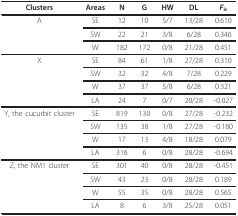
| Clusters | Areas | N | G | HW | DL | Fis |
 | --- | --- | --- | --- | --- | --- | --- |
 | A | SE | 12 | 10 | 5/7 | 13/28 | 0.610 |
 |  | SW | 22 | 21 | 3/8 | 6/28 | 0.346 |
 |  | W | 182 | 172 | 0/8 | 21/28 | 0.451 |
 | X | SE | 84 | 61 | 1/8 | 27/28 | 0.310 |
 |  | SW | 32 | 32 | 4/8 | 7/28 | 0.229 |
 |  | W | 37 | 37 | 5/8 | 6/28 | 0.321 |
 |  | LA | 24 | 7 | 0/7 | 20/28 | -0.027 |
 | Y, the cucurbit cluster | SE | 819 | 130 | 0/8 | 27/28 | -0.232 |
 |  | SW | 135 | 38 | 1/8 | 27/28 | -0.180 |
 |  | W | 17 | 13 | 4/8 | 18/28 | 0.079 |
 |  | LA | 316 | 6 | 0/8 | 28/28 | -0.694 |
 | Z, the NM1 cluster | SE | 301 | 40 | 0/8 | 28/28 | -0.451 |
 |  | SW | 43 | 23 | 0/8 | 28/28 | 0.189 |
 |  | W | 55 | 35 | 0/8 | 28/28 | 0.565 |
 |  | LA | 8 | 6 | 3/8 | 25/28 | 0.051 |